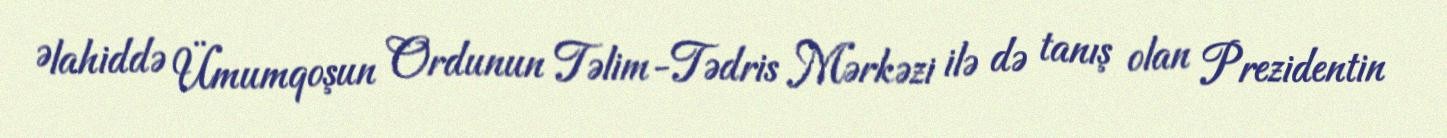
Əlahiddə Ümumqoşun Ordunun Təlim-Tədris Mərkəzi ilə də tanış olan Prezidentin